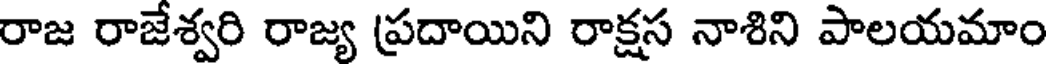
రాజ రాజేశ్వరి రాజ్య ప్రదాయిని రాక్షస నాశిని పాలయమాం